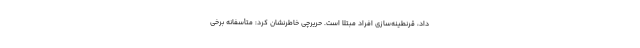
داد، قرنطینه‌سازی افراد مبتلا است. حریرچی خاطرنشان کرد: متأسفانه برخی